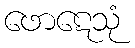
ဖောဋေသုံ